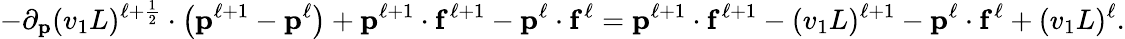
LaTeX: -\partial_{\mathbf{p}}(v_{1}L)^{\ell+\frac{1}{2}}\cdot\left(\mathbf{p}^{\ell+1}-\mathbf{p}^{\ell}\right)+\mathbf{p}^{\ell+1}\cdot\mathbf{f}^{\ell+1}-\mathbf{p}^{\ell}\cdot\mathbf{f}^{\ell}=\mathbf{p}^{\ell+1}\cdot\mathbf{f}^{\ell+1}-(v_{1}L)^{\ell+1}-\mathbf{p}^{\ell}\cdot\mathbf{f}^{\ell}+(v_{1}L)^{\ell}.